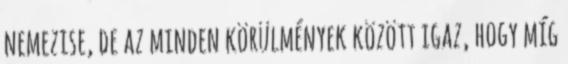
nemezise, de az minden körülmények között igaz, hogy míg